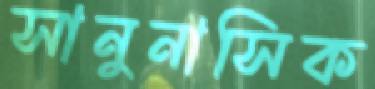
সানুনাসিক